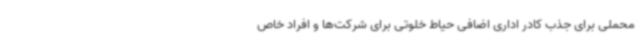
محملی برای جذب کادر اداری اضافی حیاط خلوتی برای شرکت‌ها و افراد خاص